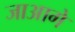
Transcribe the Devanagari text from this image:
जाआगे